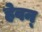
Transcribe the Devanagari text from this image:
हेवन्